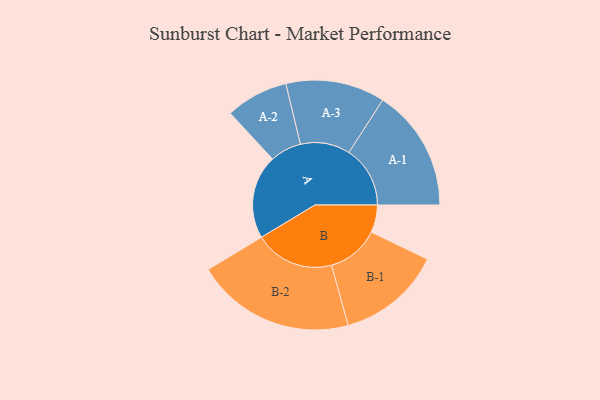
{"axis": {"x": "Segment", "y": "Value"}, "legend": ["", "A", "B"], "data": [{"x": "A", "y": 311, "type": ""}, {"x": "B", "y": 102, "type": ""}, {"x": "A-1", "y": 227, "type": "A"}, {"x": "A-2", "y": 116, "type": "A"}, {"x": "A-3", "y": 184, "type": "A"}, {"x": "B-1", "y": 194, "type": "B"}, {"x": "B-2", "y": 295, "type": "B"}]}